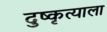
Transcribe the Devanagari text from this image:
दुष्कृत्याला